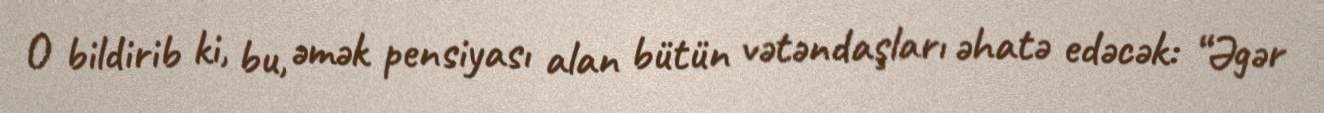
O bildirib ki, bu, əmək pensiyası alan bütün vətəndaşları əhatə edəcək: “Əgər